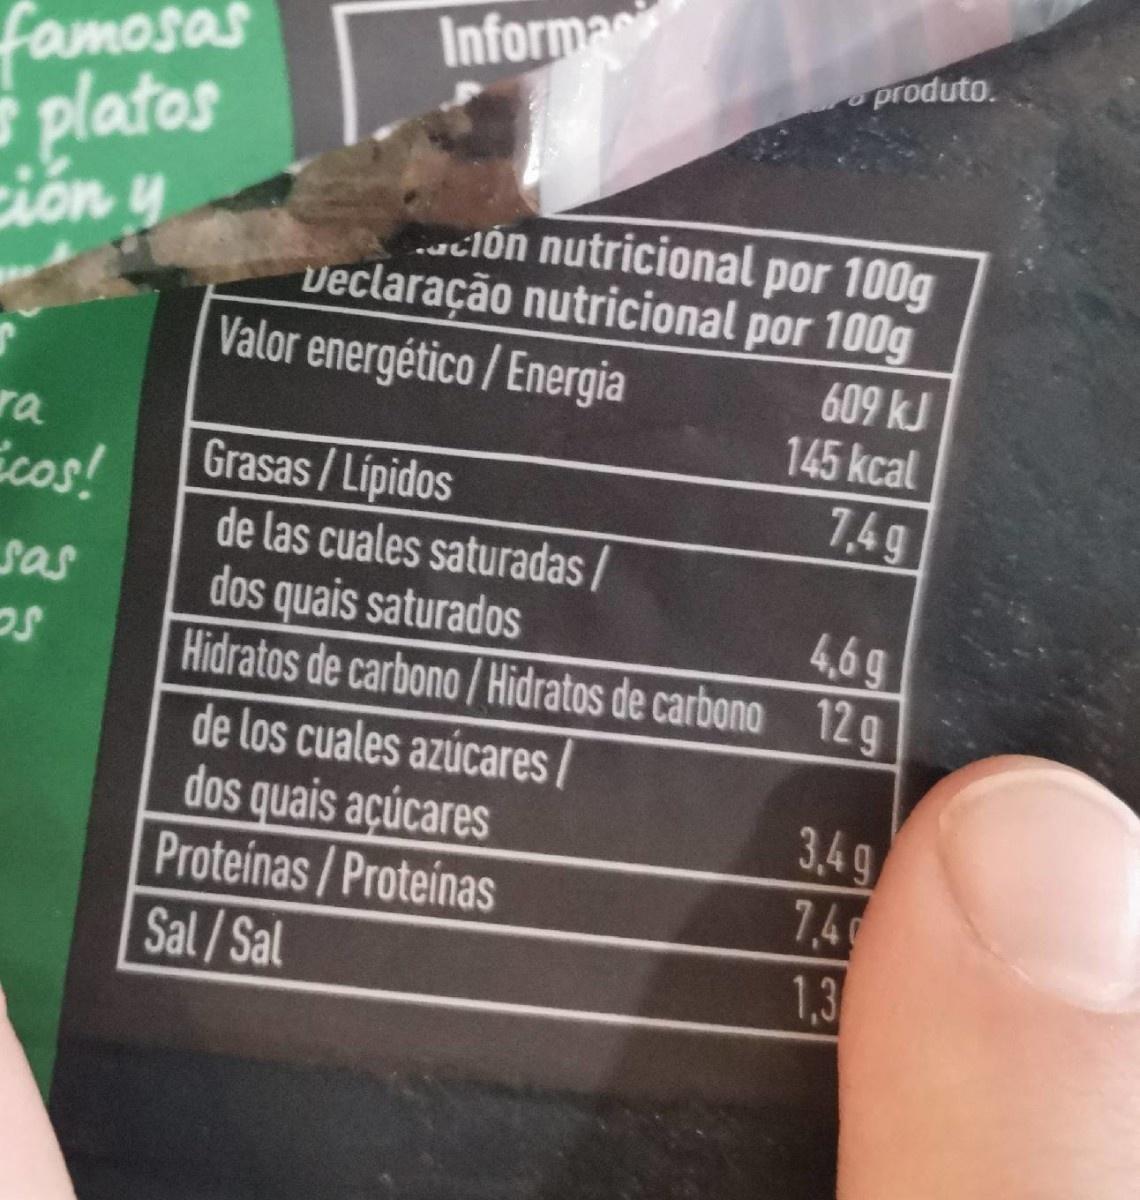
famosas platos ción y Informa produto. ción nutricional por 100g veclaração nutricional por 100g Valor energético / Energia 609 kJ 145 kcal ra Grasas / Lipidos de las cuales saturadas / dos quais saturadoS Hidratos de carbono /Hidratos de carbono de los cuales azúcares/ dos quais açúcares Proteinas/Proteinas Sal / Sal Écos! 7,4g sas 4,6g 12 g 3,4g 7,4 1,3